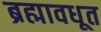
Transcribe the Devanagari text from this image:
ब्रह्मावधूत